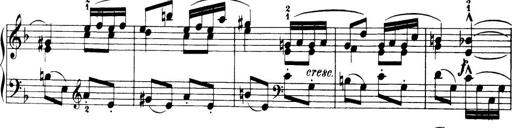
Title: 32 Sonatinas and Rondos for the Piano
Composer: Richard Kleinmichel